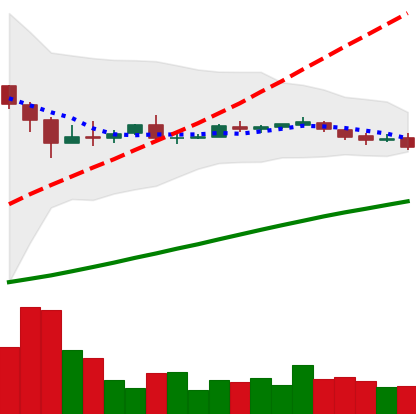
Ticker: DOGE-USD
Chart end date: 2018-10-06
Forward return: -9.829%
Label: down_7plus